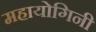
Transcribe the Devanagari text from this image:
महायोगिनी